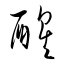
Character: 醒